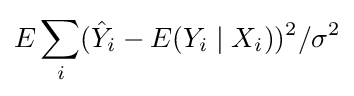
E\sum _{i}({\hat {Y}}_{i}-E(Y_{i}\mid X_{i}))^{2}/\sigma ^{2}